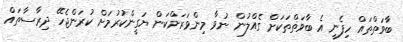
ބާވަތްތައް ހިފެނީ އެ ބާވަތްތަކަށް ގެއްލުން ނުވާ މިންވަރަށްކަން ޔަގީންކުރުމަށް ކުރަންޖެހޭ ދިރާސާތައް